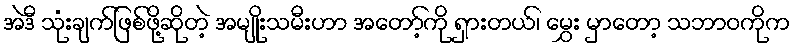
အဲဒီ သုံးချက်ဖြစ်ဖို့ဆိုတဲ့ အမျိုးသမီးဟာ အတော့်ကို ရှားတယ်၊ မွှေး မှာတော့ သဘာဝကိုက